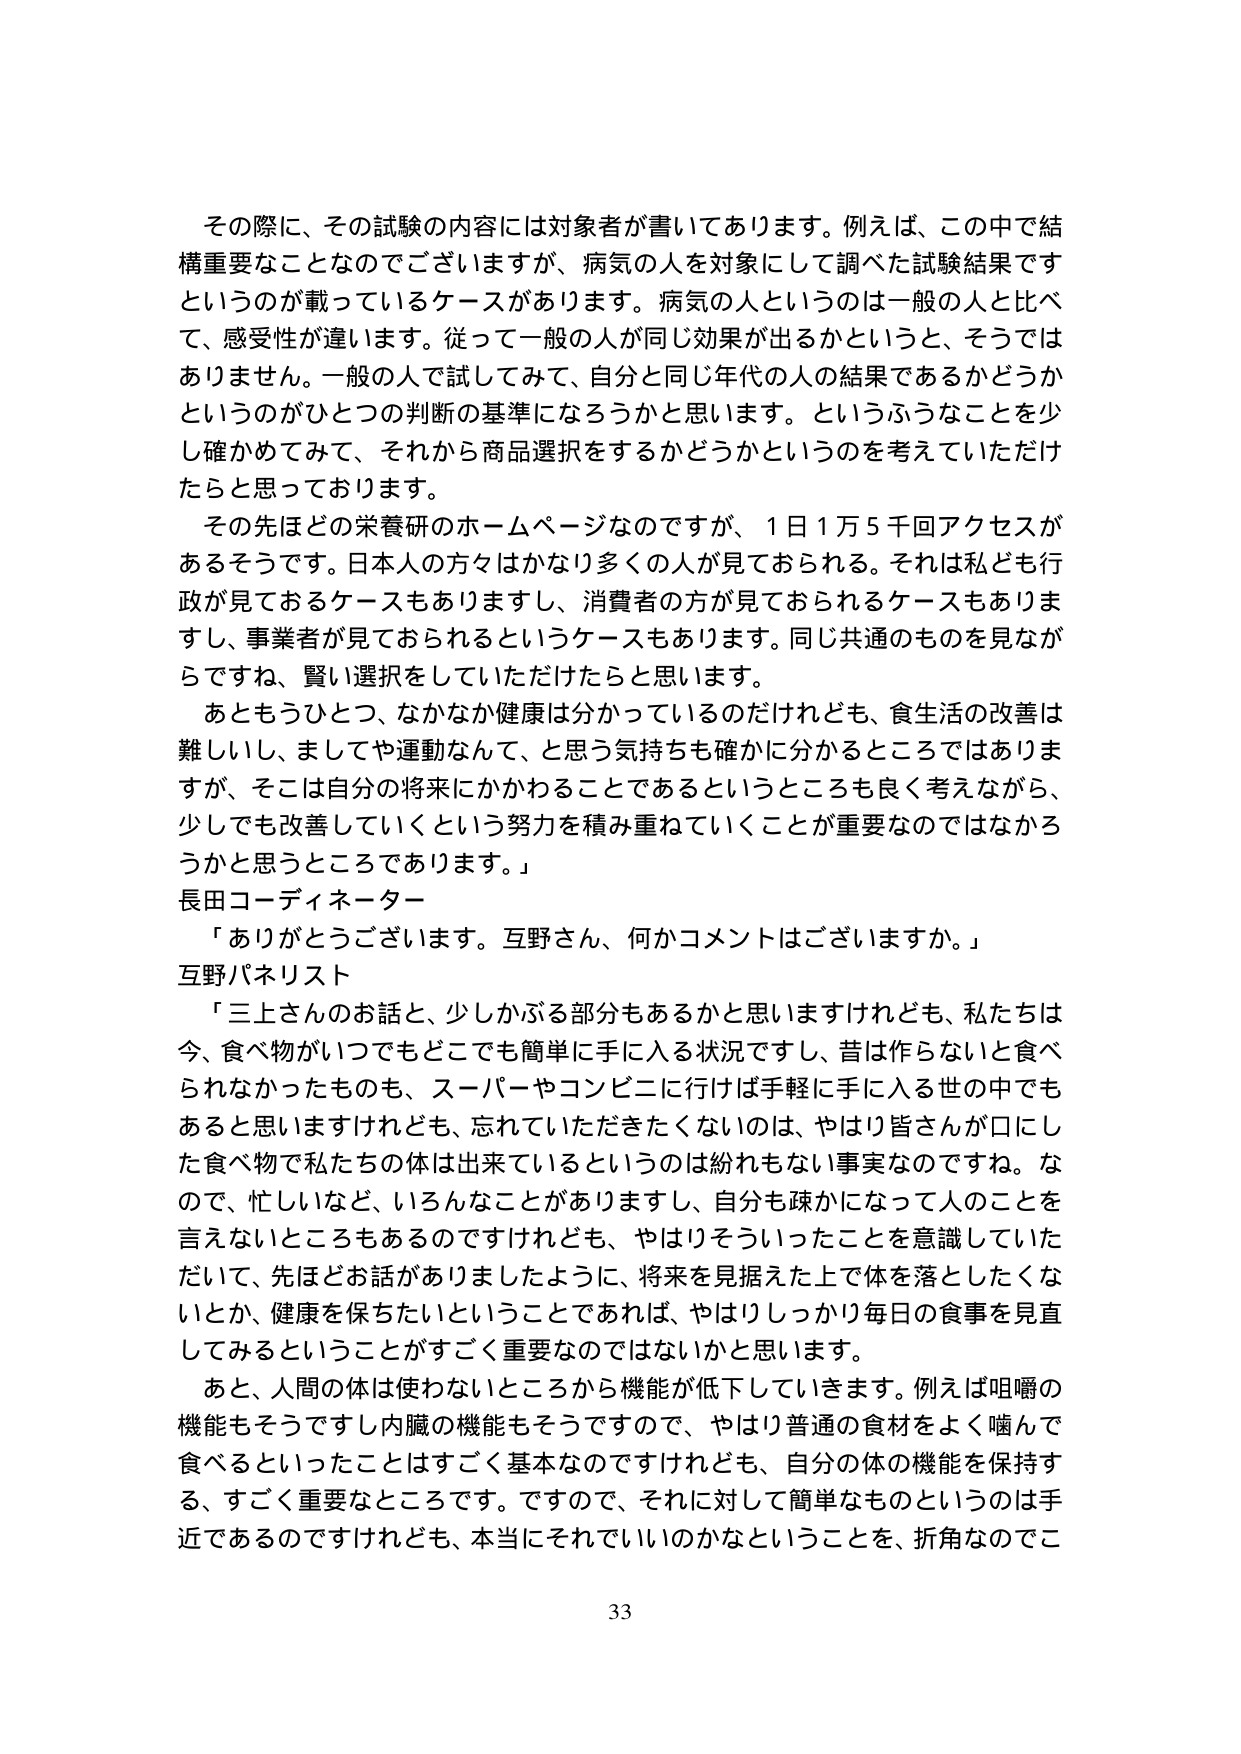
その際に、その試験の内容には対象者が書いてあります。例えば、この中で結構重要なことなのでございますが、病気の人を対象にして調べた試験結果ですというのが載っているケースがあります。病気の人というのは一般の人と比べて、感受性が違います。従って一般の人が同じ効果が出るかというと、そうではありません。一般の人で試してみて、自分と同じ年代の人の結果であるかどうかというのがひとつの判断の基準になろうかと思います。というふらなことを少し確かめてみて、それから商品選択をするかどうかというのを考えていただけたらと思っております。

その先ほどの栄養研のホームページなのですが、1日1万5千回アクセスがあるそうです。日本人の方々はかなり多くの人が見ておられる。それは私ども行政が見ておるケースもありますし、消費者の方が見ておられるケースもありますし、事業者が見ておられるというケースもあります。同じ共通のものを見ながらですね、賢い選択をしていただけたらと思います。

あともうひとつ、なかなか健康は分かっているのだけれども、食生活の改善は難しいし、ましてや運動なんて、と思う気持ちも確かに分かるところではありますが、そこは自分の将来にかかわることであるというところも良く考えながら、少しでも改善していくという努力を積み重ねていくことが重要なのではないかと思うところであります。」

長田コーディネーター

「ありがとうございます。互野さん、何かコメントはございますか。」

互野パネリスト

「三上さんのお話と、少しかぶる部分もあるかと思いますけれども、私たちは今、食べ物がいつでもどこでも簡単に手に入る状況ですし、昔は作らないと食べられなかったものも、スーパーやコンビニに行けば手軽に手に入る世の中でもあると思いますけれども、忘れていただきたくないのは、やはり皆さんが口にした食べ物で私たちの体は出来ているというのは紛れもない事実なのですね。なので、忙しいなど、いろんなことがありますし、自分も疎かになって人のことを言えないところもあるのですけれども、やはりそういったことを意識していただいて、先ほどお話がありましたように、将来を見据えた上で体を落としたりたくないとか、健康を保ちたいということであれば、やはりしっかり毎日の食事を見直してみるということがすごく重要なのではないかと思います。

あと、人間の体は使わないところから機能が低下していきます。例えば咀嚼の機能もそうですし内臓の機能もそうですので、やはり普通の食材をよく噛んで食べるといったことはすごく基本なのですが、自分の体の機能を保持する、すごく重要なところです。ですので、それに対して簡単なものというのは手近であるのですけれども、本当にそれでいいのかなということを、折角なのでこ

33